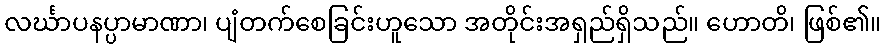
လင်္ဃာပနပ္ပာမာဏာ၊ ပျံတက်စေခြင်းဟူသော အတိုင်းအရှည်ရှိသည်။ ဟောတိ၊ ဖြစ်၏။